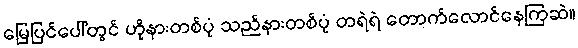
မြေပြင်ပေါ်တွင် ဟိုနားတစ်ပုံ သည်နားတစ်ပုံ တရဲရဲ တောက်လောင်နေကြဆဲ။